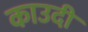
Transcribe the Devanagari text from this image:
काउदी